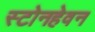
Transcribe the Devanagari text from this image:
स्टोनहेवन